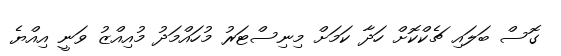
ގޮސް ބަލައި ޗެކްކޮށް ހަދާ ކަމަށް މިނިސްޓަރު މުހައްމަދު މުއިއްޒު ވަނީ އިއްޔެ